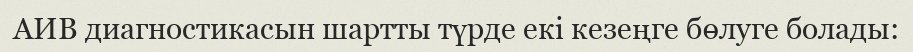
АИВ диагностикасын шартты түрде екі кезеңге бөлуге болады: